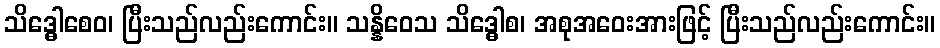
သိဒ္ဓေါစေဝ၊ ပြီးသည်လည်းကောင်း။ သန္နိဝေသ သိဒ္ဓေါစ၊ အစုအဝေးအားဖြင့် ပြီးသည်လည်းကောင်း။